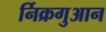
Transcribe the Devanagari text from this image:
र्निक्रगुआन